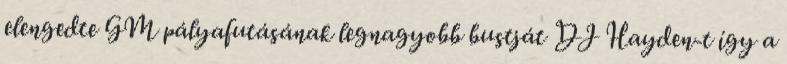
elengedte GM pályafutásának legnagyobb bustját DJ Hayden-t így a